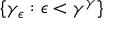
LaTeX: \{ \gamma _ { \epsilon } : \epsilon < \gamma ^ { \gamma } \}